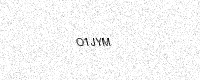
Text: O1JYM